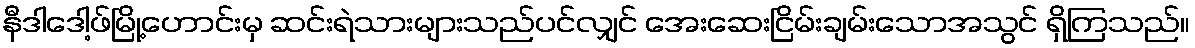
နီဒါဒေါ့ဖ်မြို့ဟောင်းမှ ဆင်းရဲသားများသည်ပင်လျှင် အေးဆေးငြိမ်းချမ်းသောအသွင် ရှိကြသည်။